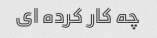
چه کار کرده ای